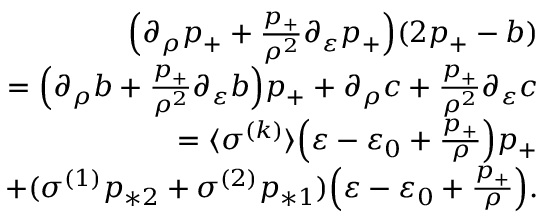
\begin{array} { r } { \Big ( \partial _ { \rho } p _ { + } + \frac { p _ { + } } { \rho ^ { 2 } } \partial _ { \varepsilon } p _ { + } \Big ) ( 2 p _ { + } - b ) } \\ { = \Big ( \partial _ { \rho } b + \frac { p _ { + } } { \rho ^ { 2 } } \partial _ { \varepsilon } b \Big ) p _ { + } + \partial _ { \rho } c + \frac { p _ { + } } { \rho ^ { 2 } } \partial _ { \varepsilon } c } \\ { = \langle \sigma ^ { ( k ) } \rangle \Big ( \varepsilon - \varepsilon _ { 0 } + \frac { p _ { + } } { \rho } \Big ) p _ { + } } \\ { + ( \sigma ^ { ( 1 ) } p _ { * 2 } + \sigma ^ { ( 2 ) } p _ { * 1 } ) \Big ( \varepsilon - \varepsilon _ { 0 } + \frac { p _ { + } } { \rho } \Big ) . } \end{array}